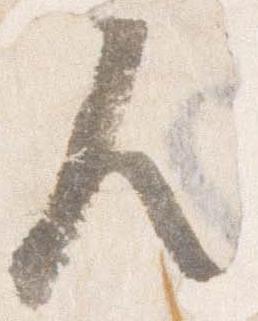
人